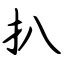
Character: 扒